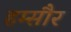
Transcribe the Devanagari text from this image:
हम्सौर